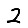
Digit: 2